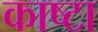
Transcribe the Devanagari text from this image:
काष्टा